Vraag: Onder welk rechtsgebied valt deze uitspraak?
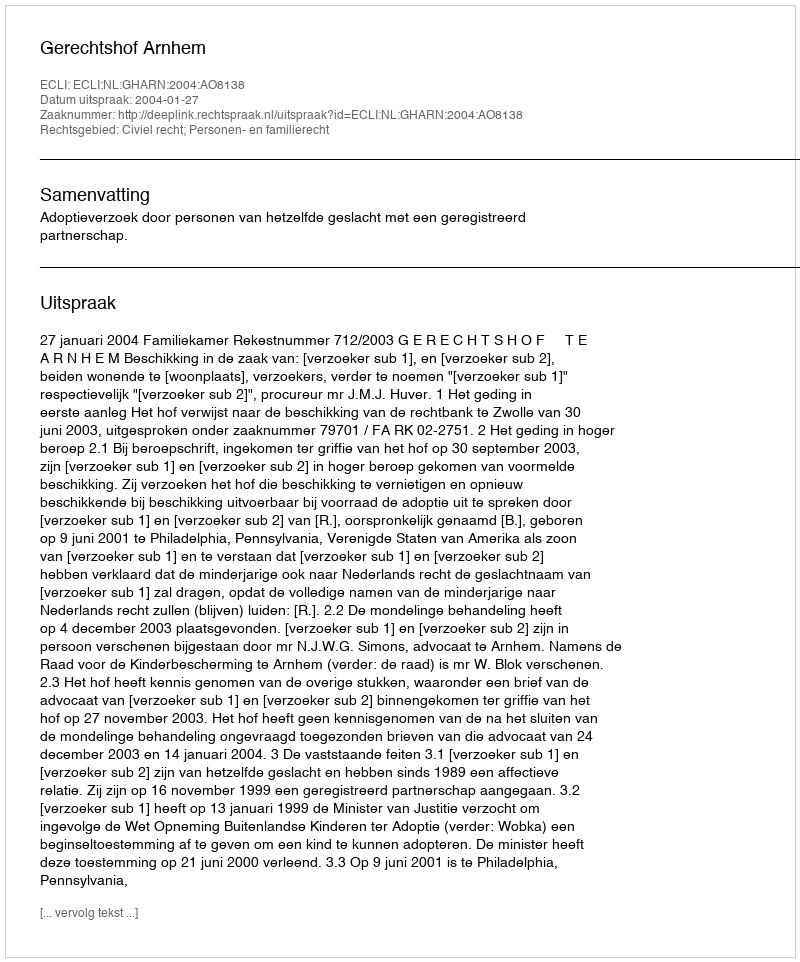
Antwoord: Civiel recht; Personen- en familierecht